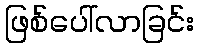
ဖြစ်ပေါ်လာခြင်း